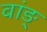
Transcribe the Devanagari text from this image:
वांङ्‌